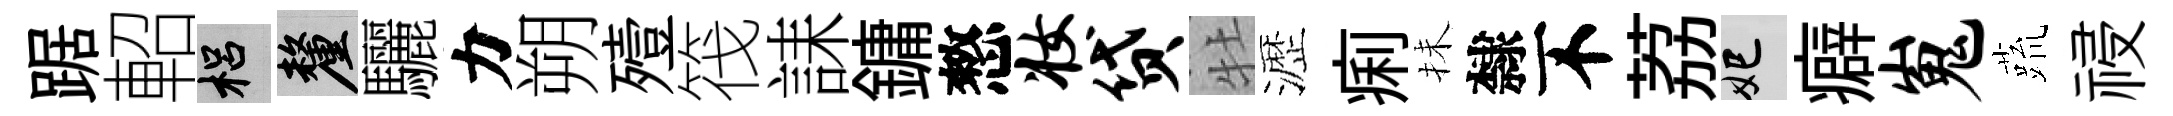
踞軺梠厘驪力朔殪筏誄鏞憗妆贷牡瀝痢抺隸不荔妃癖嵬蔬祲